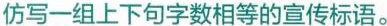
仿写一组上下句字数相等的宣传标语。